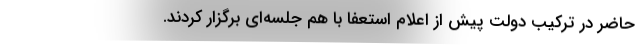
حاضر در ترکیب دولت پیش از اعلام استعفا با هم جلسه‌ای برگزار کردند.